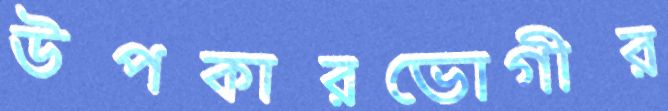
উপকারভোগীর